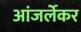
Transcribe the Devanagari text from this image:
आंजर्लेकर